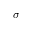
\sigma ^ { - }